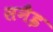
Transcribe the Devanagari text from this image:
सनैइ